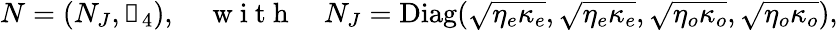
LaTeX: N=(N_{J},\mathbb{0}_{4}),\quad\mathrm{~w~i~t~h~}\quad N_{J}=\mathrm{Diag}(\sqrt{\eta_{e}\kappa_{e}},\sqrt{\eta_{e}\kappa_{e}},\sqrt{\eta_{o}\kappa_{o}},\sqrt{\eta_{o}\kappa_{o}}),